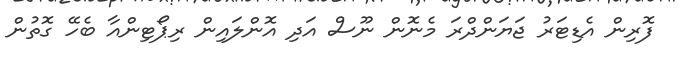
ފޮރިން އެޑިޓަރު ޖަޔަންދްރަ މެނޮން ނޫސް އަދި އޮންލައިން ރިޕޯޓިންއާ ބެހޭ ގޮތުން